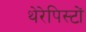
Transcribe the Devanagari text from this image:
थेरेपिस्टों